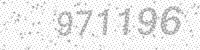
Solution: 971196